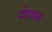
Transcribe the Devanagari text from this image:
योगाकक्ष